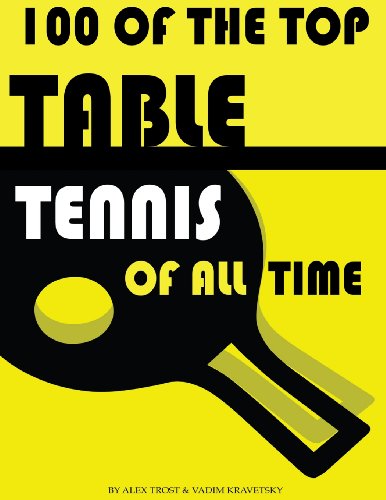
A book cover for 100 of the Top Table Tennis of All Time; Alex Trost; Sports & Outdoors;